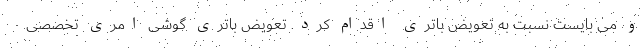
و می بایست نسبت به تعویض باتری اقدام کرد. تعویض باتری گوشی امری تخصصی